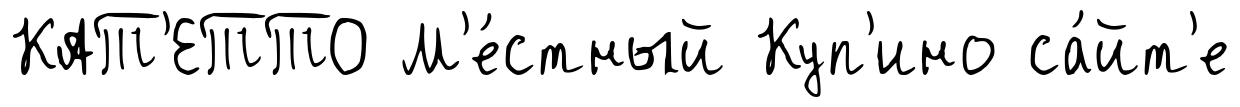
КАТ'ЕТТО М'е́стный Куп'ино са́йт'е